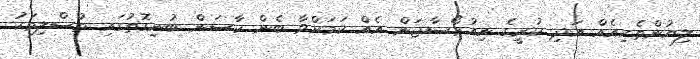
ލިޔުންތެރިއެއް އަދި ކުރީގެ ނިއުރޯސާޖަން އެއް ކަމަށްވާ ބެން ކާސަން ބުނިގޮތުގައި މުސްލިމަކު